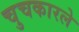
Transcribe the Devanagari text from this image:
चुचकारले